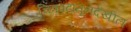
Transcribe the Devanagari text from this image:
चित्रपटांतूनदेखील